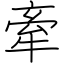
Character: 牽